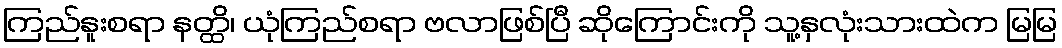
ကြည်နူးစရာ နတ္ထိ၊ ယုံကြည်စရာ ဗလာဖြစ်ပြီ ဆိုကြောင်းကို သူ့နှလုံးသားထဲက မြမြ